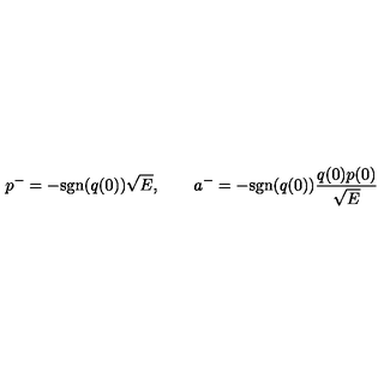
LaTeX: p ^ { - } = - \mathrm { s g n } ( q ( 0 ) ) \sqrt { E } , \qquad a ^ { - } = - \mathrm { s g n } ( q ( 0 ) ) \frac { q ( 0 ) p ( 0 ) } { \sqrt { E } }